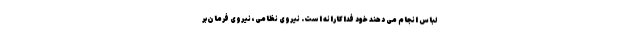
لباس انجام می دهند خود فداکارانه است. نیروی نظامی، نیروی فرمان‌بر